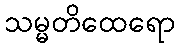
သမ္မတိထေရော